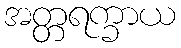
အတ္တရက္ခာယ